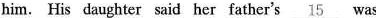
him. His daughter said her father's \underline{15} was